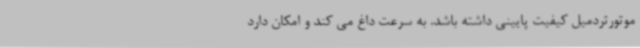
موتورتردمیل کیفیت پایینی داشته باشد. به سرعت داغ می کند و امکان دارد